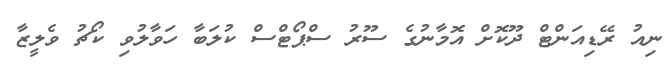
ނިއު ރޭޑިއަންޓް ދޫކޮށް އޮމާނުގެ ސޫރު ސްޕޯޓްސް ކުލަބާ ހަވާލުވި ކޯޗު ވެލީޒާ